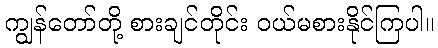
ကျွန်တော်တို့ စားချင်တိုင်း ဝယ်မစားနိုင်ကြပါ။